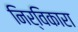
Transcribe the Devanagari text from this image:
निर्विकारा